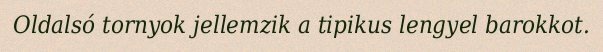
Oldalsó tornyok jellemzik a tipikus lengyel barokkot.